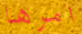
امرها